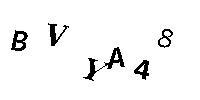
BVYA48